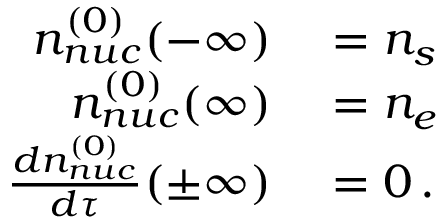
\begin{array} { r l } { n _ { n u c } ^ { ( 0 ) } ( - \infty ) } & { { } = n _ { s } } \\ { n _ { n u c } ^ { ( 0 ) } ( \infty ) } & { { } = n _ { e } } \\ { { \frac { d n _ { n u c } ^ { ( 0 ) } } { d \tau } } ( \pm \infty ) } & { { } = 0 \, . } \end{array}